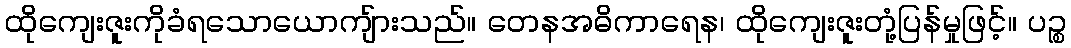
ထိုကျေးဇူးကိုခံရသောယောကျ်ားသည်။ တေနအဓိကာရေန၊ ထိုကျေးဇူးတုံ့ပြန်မှုဖြင့်။ ပဉ္စ